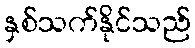
နှစ်သက်နိုင်သည်